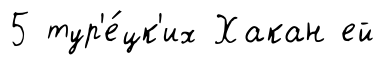
5 тур'е́цк'их Хакан ей